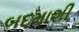
બદમાશી